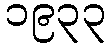
၁၉၃၃